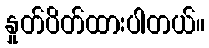
နှုတ်ပိတ်ထားပါတယ်။